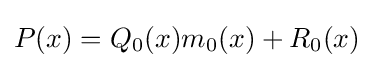
P(x)=Q_{0}(x)m_{0}(x)+R_{0}(x)